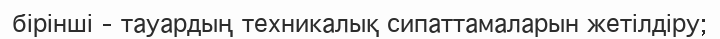
бірінші – тауардың техникалық сипаттамаларын жетілдіру;